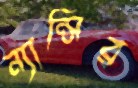
ন্যান্সির